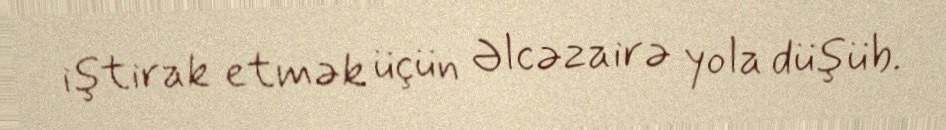
iştirak etmək üçün Əlcəzairə yola düşüb.